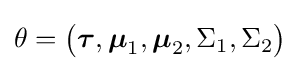
\theta ={\big (}{\boldsymbol {\tau }},{\boldsymbol {\mu }}_{1},{\boldsymbol {\mu }}_{2},\Sigma _{1},\Sigma _{2}{\big )}